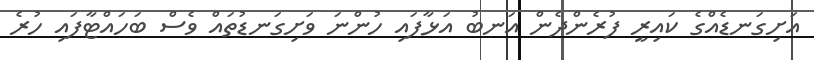
އަށިގަނޑެއްގެ ކައިރީ ފުރެންދެން އަނބު އަޅާފައި ހުންނަ ވަށިގަނޑުތައް ވެސް ބަހައްޓާފައި ހުރެ